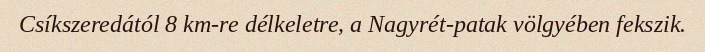
Csíkszeredától 8 km-re délkeletre, a Nagyrét-patak völgyében fekszik.